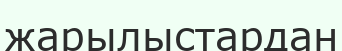
жарылыстардан